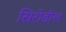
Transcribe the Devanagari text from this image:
सिरोडील